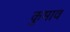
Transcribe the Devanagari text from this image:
कुमाव